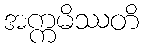
အက္ကမိဿတိ